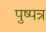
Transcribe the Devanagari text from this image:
पुष्पत्र